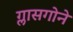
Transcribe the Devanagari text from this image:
ग्लासगोने